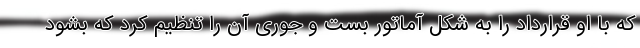
که با او قرارداد را به شکل آماتور بست و جوری آن را تنظیم کرد که بشود